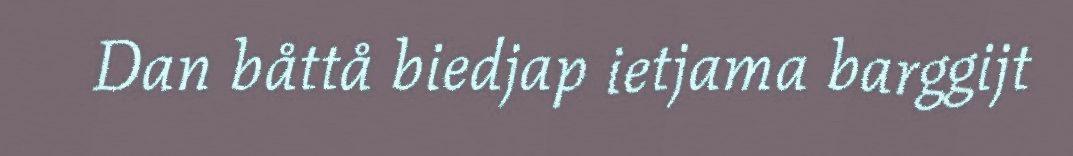
Dan båttå biedjap ietjama barggijt